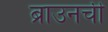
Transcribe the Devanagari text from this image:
ब्राउनची